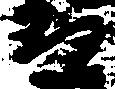
な